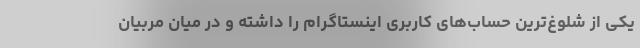
یکی از شلوغ‌ترین حساب‌های کاربری اینستاگرام را داشته و در میان مربیان